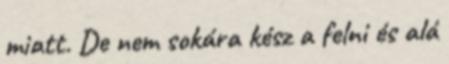
miatt. De nem sokára kész a felni és alá